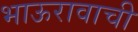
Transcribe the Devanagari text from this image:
भाऊरावाची